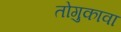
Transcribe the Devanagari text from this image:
तोगुकावा